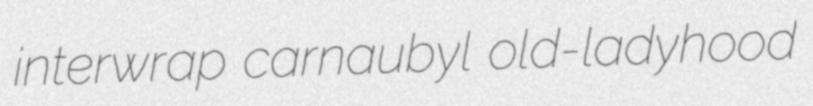
interwrap carnaubyl old-ladyhood